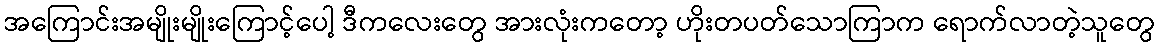
အကြောင်းအမျိုးမျိုးကြောင့်ပေါ့ ဒီကလေးတွေ အားလုံးကတော့ ဟိုးတပတ်သောကြာက ရောက်လာတဲ့သူတွေ